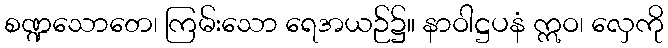
စဏ္ဍသောတေ၊ ကြမ်းသော ရေအယဉ်၌။ နာဝါဋ္ဌပနံ ဣဝ၊ လှေကို